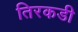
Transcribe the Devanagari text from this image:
तिरकडी